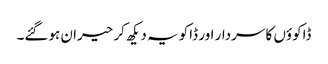
ڈاکوؤں کا سردار اور ڈاکو یہ دیکھ کر حیران ہوگئے۔